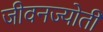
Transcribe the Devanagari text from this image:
जीवनज्योती